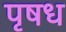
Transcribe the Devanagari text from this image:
पृषध